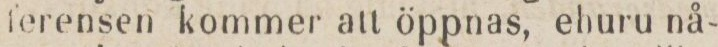
ferensen kommer att öppnas, ehuru nå-